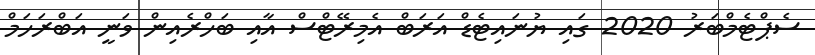
ސެޕްޓެމްބަރު 2020 ގައި ޔުނައިޓެޑް އަރަބް އެމިރޭޓްސް އާއި ބަހްރެއިން ވަނީ އަބްރަހަމް